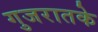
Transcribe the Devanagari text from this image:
गुजरातके